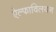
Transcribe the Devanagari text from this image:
ऐल्फाविलयन